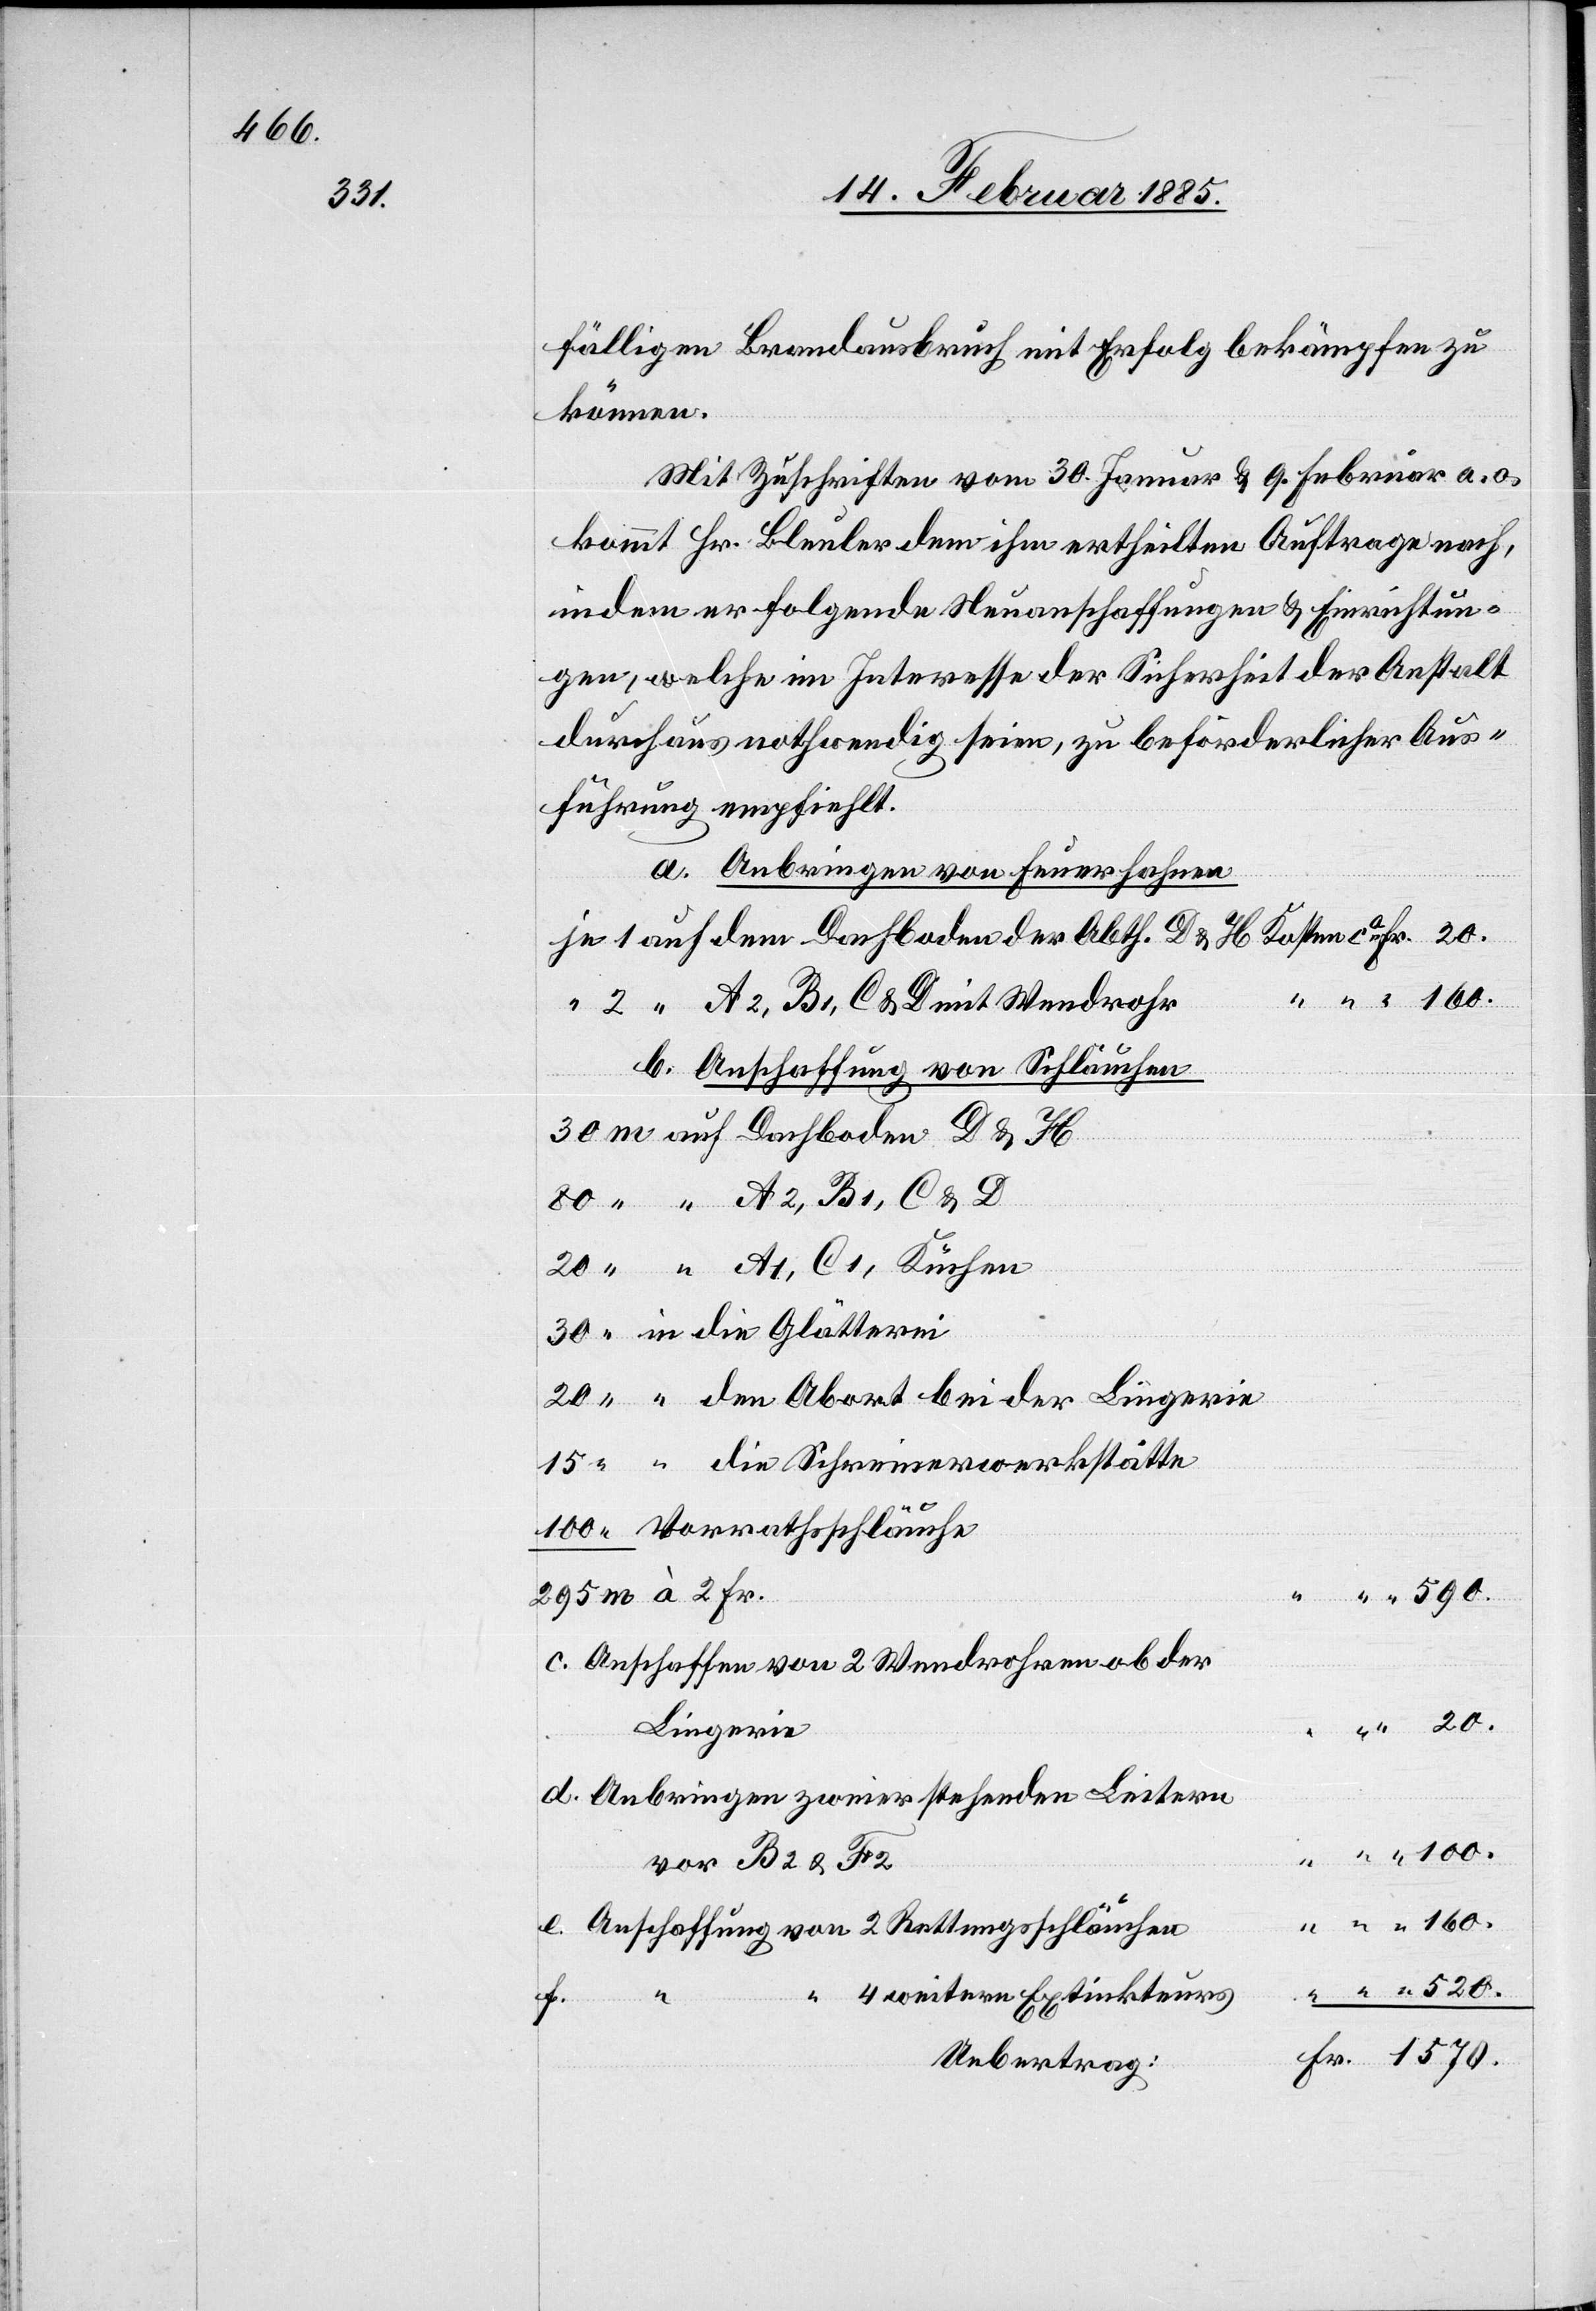
100.

fälligen Brandausbruch mit Erfolg bekämpfen zu
können.
Mit Zuschriften vom 30. Januar & 9. Februar a. c.
kommt Hr. Bleuler dem ihm ertheilten Auftrage nach,
indem er folgende Neuanschaffungen & Einrichtun¬
gen, welche im Interesse der Sicherheit der Anstalt
durchaus nothwendig seien, zu beförderlicher Aus¬
führung empfiehlt.
a. Anbringen von Feuerhahnen
je 1 auf dem Dachboden der Abth. D & H Kosten ca Fr. 20.
“ 2 “ A2, B1, C & D mit Wendrohr
b. Anschaffung von Schläuchen
die Schreinerwerkstätte
Vorrathsschläuche
590.
c. Anschaffen von 2 Wundrohren ob der
Lingerie
d. Anbringen zweier stehenden Leitern
vor B2 & F2
“ “ “ 160.
e. Anschaffung von 2 Rettungsschläuchen
4 weitern Extinkteurs
520.
f.